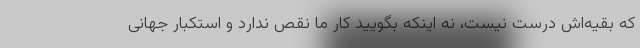
که بقیه‌اش درست نیست، نه اینکه بگویید کار ما نقص ندارد و استکبار جهانی